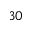
3 0